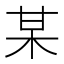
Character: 某